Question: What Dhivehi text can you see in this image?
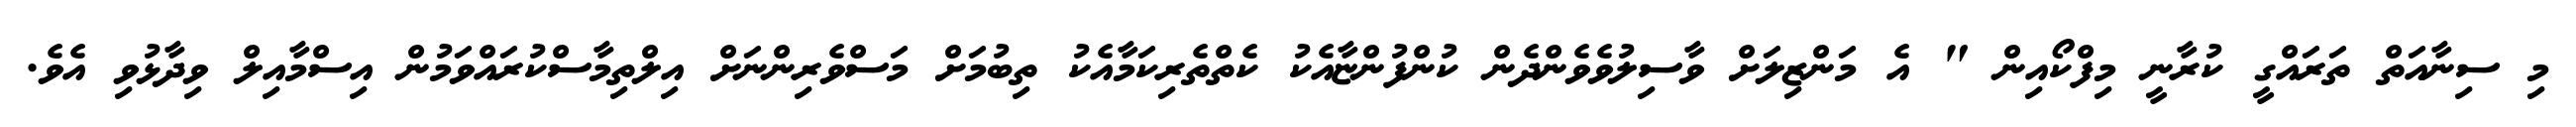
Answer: މި ސިނާއަތް ތަރައްގީ ކުރާނީ މިފްކޯއިން " އެ މަންޒިލަށް ވާސިލުވެވެންދެން ކުންފުންޏާއެކު ކެތްތެރިކަމާއެކު ތިބުމަށް މަސްވެރިންނަށް އިލްތިމާސްކުރައްވަމުން އިސްމާއިލް ވިދާޅުވި އެވެ.